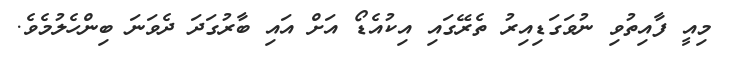
މިއީ ފާއިތުވި ނުވަގަޑިއިރު ތެރޭގައި އިކުއެޑޯ އަށް އައި ބާރުގަދަ ދެވަނަ ބިންހެލުމެވެ.